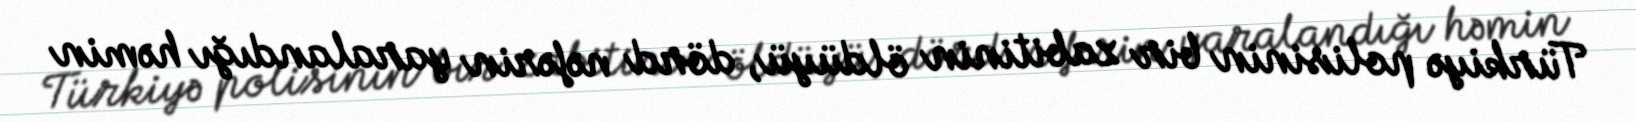
Türkiyə polisinin bir zabitinin öldüyü, dörd nəfərin yaralandığı həmin